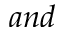
a n d